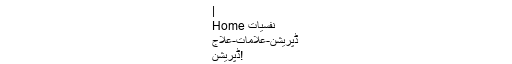
|
Home نفسیات
ڈپریشن-علامات-علاج
ڈپریشن!